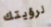
لرؤيتك